Report of the Indian Hemp Drugs Commission, 1894-1895 - Volume VI
Year: 1894
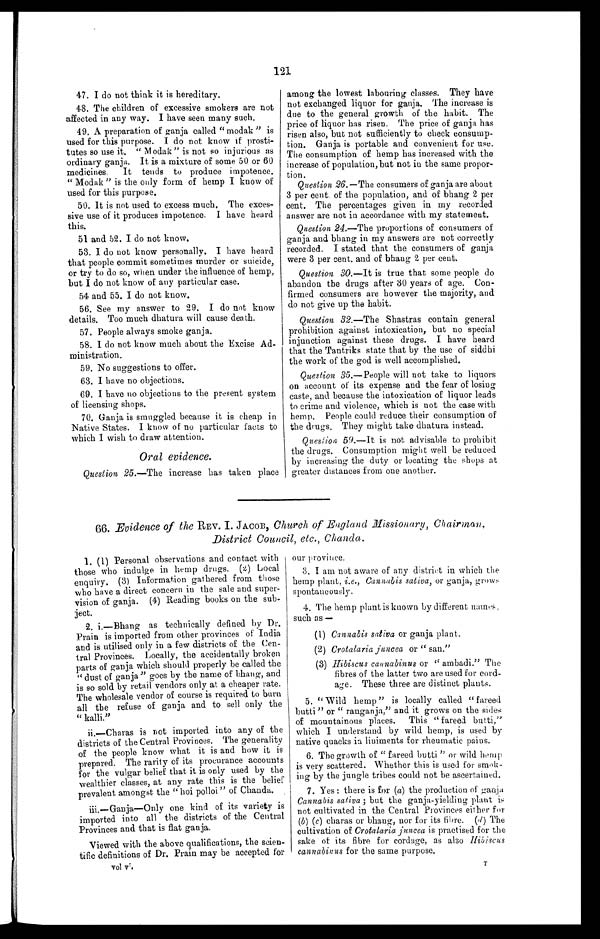
121
47. I do not think it is hereditary.
48. The children of excessive smokers are not
affected in any way. I have seen many such.
49. A preparation of ganja called "modak" is
used for this purpose. I do not know if prosti-
tutes so use it. "Modak" is not so injurious as
ordinary ganja. It is a mixture of some 50 or 60
medicines. It tends to produce impotence.
"Modak" is the only form of hemp I know of
used for this purpose.
50. It is not used to excess much. The exces-
sive use of it produces impotence. I have heard
this.
51 and 52. I do not know.
53. I do not know personally. I have heard
that people commit sometimes murder or suicide,
or try to do so, when under the influence of hemp,
but I do not know of any particular case.
54 and 55. I do not know.
56. See my answer to 29. I do not know
details. Too much dhatura will cause death.
57. People always smoke ganja.
58. I do not know much about the Excise Ad--
ministration.
59. No suggestions to offer.
63. I have no objections.
69. I have no objections to the present system
of licensing shops.
70. Ganja is smuggled because it is cheap in
Native States. I know of no particular facts to
which I wish to draw attention.
Oral evidence.
Question 25 .—The increase has taken place
among the lowest labouring classes. They have
not exchanged liquor for ganja. The increase is
due to the general growth of the habit. The
price of liquor has risen. The price of ganja has
risen also, but not sufficiently to check consump
tion. Ganja is portable and convenient for use.
The consumption of hemp has increased with the
increase of population, but not in the same propor--
tion.
Question 26. —The consumers of ganja are about
3 per cent. of the population, and of bhang 2 per
cent. The percentages given in my recorded
answer are not in accordance with my statement.
Question 24 .—The proportions of consumers of
ganja and bhang in my answers are not correctly
recorded. I stated that the consumers of ganja
were 3 per cent. and of bhang 2 per cent.
Question 30 .—It is true that some people do
abandon the drugs after 30 years of age. Con-
firmed consumers are however the majority, and
do not give up the habit.
Question 32
.—The Shastras contain general
prohibition against intoxication, but no special
injunction against these drugs. I have heard
that the Tantriks state that by the use of siddhi
the work of the god is well accomplished.
Question 35 .—People will not take to liquors
on account of its expense and the fear of losing
caste, and because the intoxication of liquor leads
to crime and violence, which is not the case with
hemp. People could reduce their consumption of
the drugs. They might take dhatura instead.
Question 59
.—It is not advisable to prohibit
the drugs. Consumption might well be reduced
by increasing the duty or locating the shops at
greater distances from one another.
66. Evidence of the REV. I. JACOB, Church of England Missionary, Chairman,
District Council, etc., Chanda.
1. (1) Personal observations and contact with
those who indulge in hemp drugs. (2) Local
enquiry. (3) Information gathered from those
who have a direct concern in the sale and super-
vision of ganja. (4) Reading books on the sub-
ject.
2. i.—Bhang as technically defined by Dr.
Prain is imported from other provinces of India
and is utilised only in a few districts of the Cen
- t r a l P r o v i n c e s . L o c a l l y , t h e a c c i d e n t a l l y b r o k e n
parts of ganja which should properly be called the
" dust of ganja" goes by the name of bhang, and
is so sold by retail vendors only at a cheaper rate.
The wholesale vendor of course is required to burn
all the refuse of ganja and to sell only the
" kalli."
ii.—Charas is not imported into any of the
districts of the Central Provinces. The generality
of the people know what it is and how it is
prepared. The rarity of its procurance accounts
for the vulgar belief that it is only used by the
wealthier classes, at any rate this is the belief
prevalent amongst the " hoi polloi" of Chanda.
iii.—Ganja—Only one kind of its variety is
imported into all the districts of the Central
Provinces and that is flat ganja.
Viewed with the above qualifications, the scien--
tific definitions of Dr. Prain may be accepted for
vol vi.
our province.
3. I am not aware of any district in which the
hemp plant, i.e., Cannabis sativa, or ganja, grows
spontaneously.
4. The hemp plant is known by different names ,
such as—
Cannabis sativa or ganja plant.
Crotalaria juncea or " san."
Hibiscus cannabinus or " ambadi." The
fibres of the latter two are used for cord-
age. These three are distinct plants.
5. "Wild hemp" is locally called "fareed
butti " or " ranganja," and it grows on the sides
of mountainous places. This " fareed butti,"
which I understand by wild hemp, is used by
native quacks in liniments for rheumatic pains.
6. The growth of " fareed butti " or wild hemp
is very scattered. Whether this is used for smok--
ing by the jungle tribes could not be ascertained.
7. Yes : there is for ( a) the production of ganja
Cannabis saliva ; but the ganja-yielding plant is
not cultivated in the Central Provinces either for
( b ) ( c) charas or bhang, nor for its fibre. (d) The
cultivation of Crotalaria juncea is practised for the
sake of its fibre for cordage, as also Hibiscus
cannabinus for the same purpose.
T